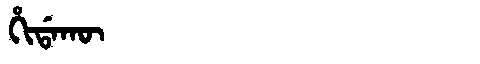
Manchu: ᡥᡳᡩᠠᡴᡡ
Romanization: HIDAKŪ